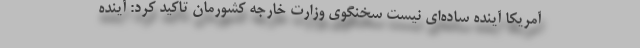
آمریکا آینده ساده‌ای نیست سخنگوی وزارت خارجه کشورمان تاکید کرد: آینده